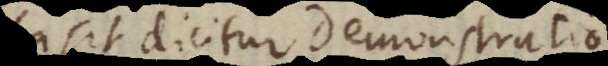
sit, dicitur Demonstratio